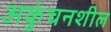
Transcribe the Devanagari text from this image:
अकुंचनशील